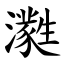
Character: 㶋